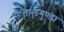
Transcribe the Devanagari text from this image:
तालगुण्डा